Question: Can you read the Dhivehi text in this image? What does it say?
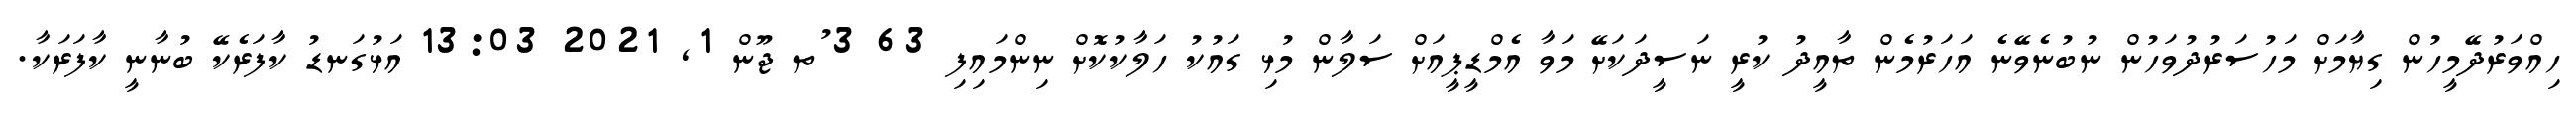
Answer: ހިއްވަރުދޭމީހުން ގިޔާމަށް މަހުސަރުދުވަހުން ނުބުނެވޭނެ އަހަރުމެން ތާއީދު ކުރީ ނަސީދަކަށޭ މަވާ އެމްޑީޕީއަށް ސަލާން މުޅި ގައުކު ހަލާކުކޮށް ނިންމައިފި 63 3 ުތ ޖޫން 1, 2021 13:03 އަޅުގަނޑު ކާފަރެކޭ ބުނާނީ ކާފަރަކާ.